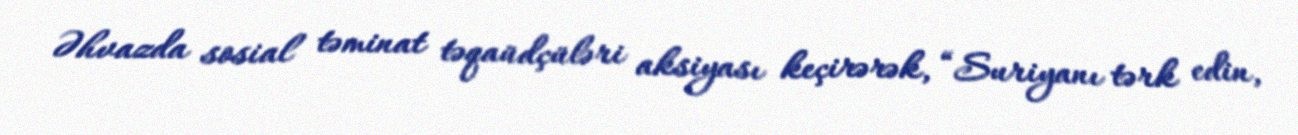
Əhvazda sosial təminat təqaüdçüləri aksiyası keçirərək, “Suriyanı tərk edin,